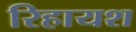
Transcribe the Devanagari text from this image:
रिहायश